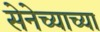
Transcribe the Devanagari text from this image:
सेनेच्याच्या